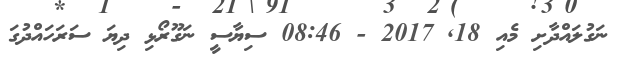
ނަގުލައްދާށި މެއި 18